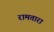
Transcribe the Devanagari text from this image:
रामतारा